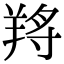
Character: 𦎆